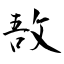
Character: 敔